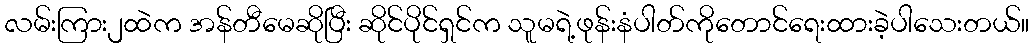
လမ်းကြား၂ထဲက အန်တီမေဆိုပြီး ဆိုင်ပိုင်ရှင်က သူမရဲ့ဖုန်းနံပါတ်ကိုတောင်ရေးထားခဲ့ပါသေးတယ်။